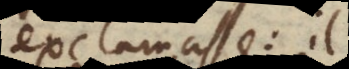
exclamasse: il